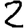
Digit: 2